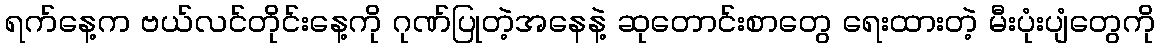
ရက်နေ့က ဗယ်လင်တိုင်းနေ့ကို ဂုဏ်ပြုတဲ့အနေနဲ့ ဆုတောင်းစာတွေ ရေးထားတဲ့ မီးပုံးပျံတွေကို